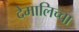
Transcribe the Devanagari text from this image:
देमालिच्चा